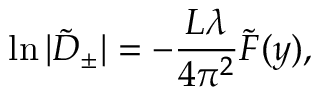
\ln \vert \tilde { D } _ { \pm } \vert = - \frac { L \lambda } { 4 \pi ^ { 2 } } \tilde { F } ( y ) ,